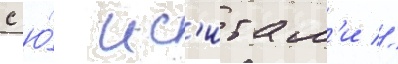
с ю́ ис'игам'и //